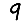
Digit: 9